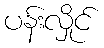
ပန်းလှိုင်